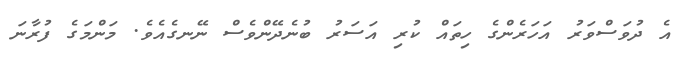
އެ ދުވަސްވަރު އަހަރެންގެ ހިތައް ކުރި އަސަރު ބުނެދޭންވެސް ނޭނގެއެވެ. މަންމަގެ ފުރާނަ